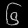
Digit: ၆